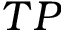
{ T P }